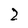
Character: 2